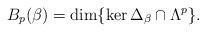
\begin{align*}B_{p}(\beta ) = \dim \{ \ker \Delta_{\beta} \cap \Lambda^{p} \}.\end{align*}